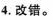
4.改错。